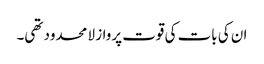
ان کی بات کی قوت پرواز لا محدود تھی۔